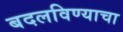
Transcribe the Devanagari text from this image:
बदलविण्याचा